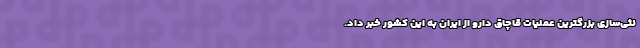
نثی‌سازی بزرگترین عملیات قاچاق دارو از ایران به این کشور خبر داد.